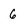
Character: 6